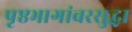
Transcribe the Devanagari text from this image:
पृष्ठभागांवरसुद्धा